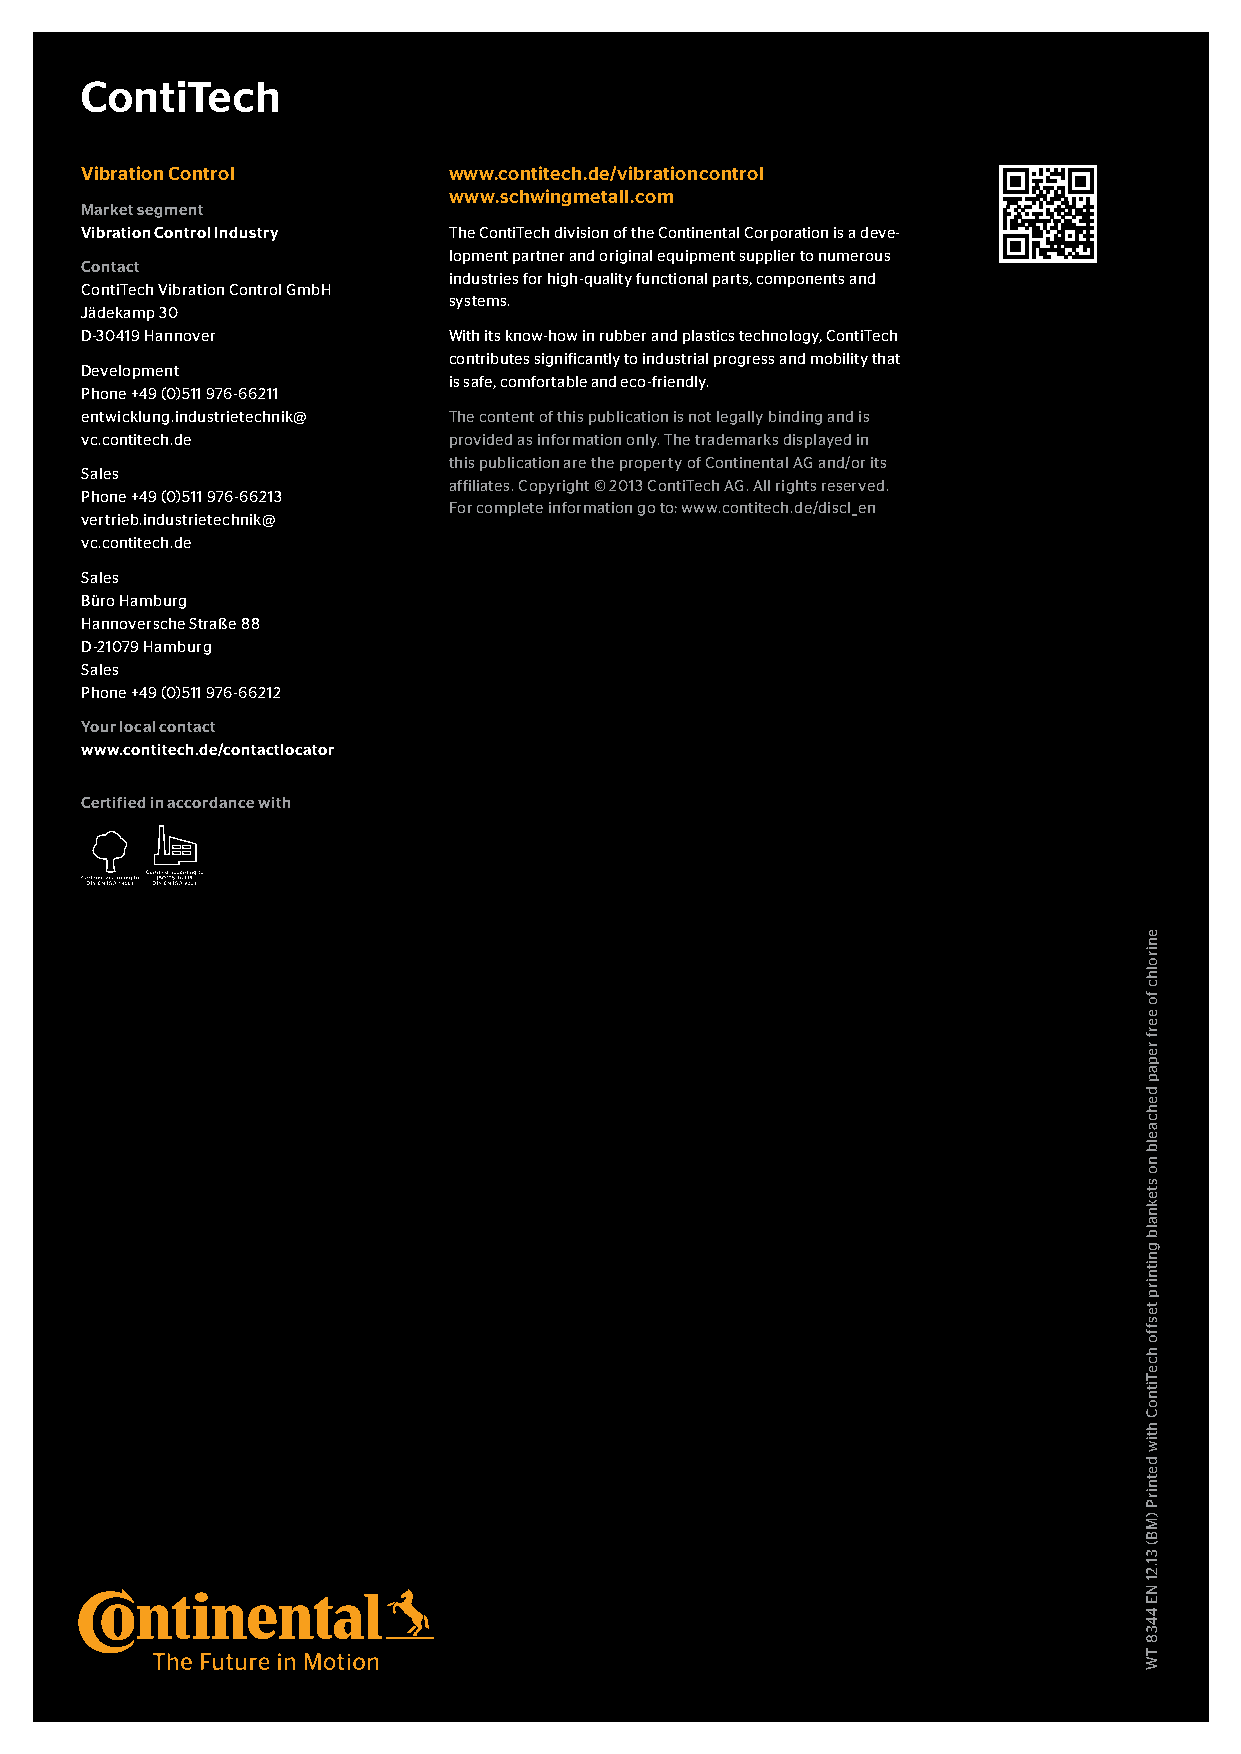
ContiTech Vibration Control                                            16
 Vibration Control        www.contitech.de/vibrationcontrol
 www.schwingmetall.com
 Market segment
 Vibration Control Industry The ContiTech division of the Continental Corporation is a deve-
 lopment partner and original equipment supplier to numerous
 Contact
 industries for high-quality functional parts, components and
 ContiTech Vibration Control GmbH
 systems.
 Jädekamp 30
 D-30419 Hannover         With its know-how in rubber and plastics technology, ContiTech
 contributes significantly to industrial progress and mobility that
 Development
 is safe, comfortable and eco-friendly.
 Phone +49 (0)511 976-66211
 entwicklung.industrietechnik@ The content of this publication is not legally binding and is
 vc.contitech.de          provided as information only. The trademarks displayed in
 this publication are the property of Continental AG and/or its
 Sales
 affiliates. Copyright © 2013 ContiTech AG. All rights reserved.
 Phone +49 (0)511 976-66213
 For complete information go to: www.contitech.de/discl_en
 vertrieb.industrietechnik@
 vc.contitech.de
 Sales
 Büro Hamburg
 Hannoversche Straße 88
 D-21079 Hamburg
 Sales
 Phone +49 (0)511 976-66212
 Your local contact
 www.contitech.de/contactlocator
 Certified in accordance with
 enirolhc
 fo
 eerf
 repap
 dehcaelb
 no
 steknalb
 gnitnirp
 tesffo
 hceTitnoC
 htiw
 detnirP
 )MB(
 31.21
 NE
 4438
 TW